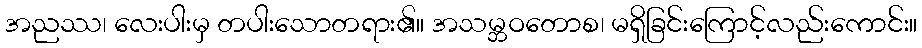
အညဿ၊ လေးပါးမှ တပါးသောတရား၏။ အသမ္ဘဝတောစ၊ မရှိခြင်းကြောင့်လည်းကောင်း။